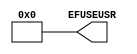
// $Header: /devl/xcs/repo/env/Databases/CAEInterfaces/versclibs/data/blanc/X_EFUSE_USR.v,v 1.3 2009/08/22 00:02:06 harikr Exp $
///////////////////////////////////////////////////////
//  Copyright (c) 2009 Xilinx Inc.
//  All Right Reserved.
///////////////////////////////////////////////////////
//
//   ____   ___
//  /   /\/   / 
// /___/  \  /     Vendor      : Xilinx 
// \  \    \/      Version     : 11.1i 
//  \  \           Description : 
//  /  /                      
// /__/   /\       Filename    : X_EFUSE_USR.v
// \  \  /  \ 
//  \__\/\__ \                    
//                                 
//  Revision:		1.0
///////////////////////////////////////////////////////

`timescale 1 ps / 1 ps 

module X_EFUSE_USR (
  EFUSEUSR
);

  parameter LOC = "UNPLACED";
  parameter [31:0] SIM_EFUSE_VALUE = 32'h00000000;

  output [31:0] EFUSEUSR;

  assign EFUSEUSR = SIM_EFUSE_VALUE;


endmodule